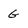
Character: G